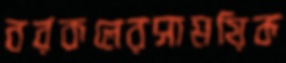
বরকলেরসাময়িক